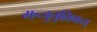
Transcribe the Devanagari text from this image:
मन्जुतुल्लिकल्